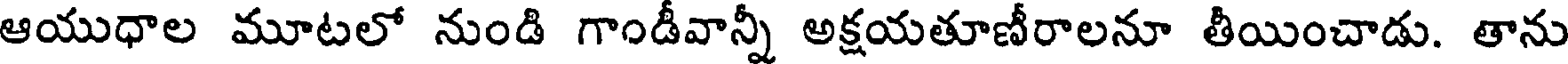
ఆయుధాల మూటలో నుండి గాండీవాన్నీ అక్షయతూణీరాలనూ తీయించాడు. తాను